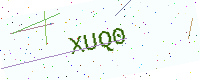
Text: XUQ0